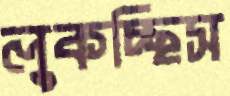
লুকচ্ছিস